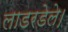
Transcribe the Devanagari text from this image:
लाडरडेले।